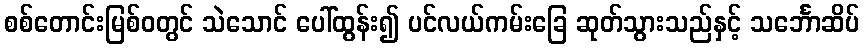
စစ်တောင်းမြစ်ဝတွင် သဲသောင် ပေါ်ထွန်း၍ ပင်လယ်ကမ်းခြေ ဆုတ်သွားသည်နှင့် သင်္ဘောဆိပ်